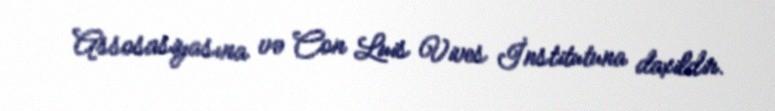
Assosasiyasına və Con Luis Vives İnstitutuna daxildir.